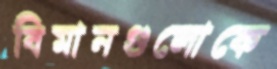
বিমানগুলোকে